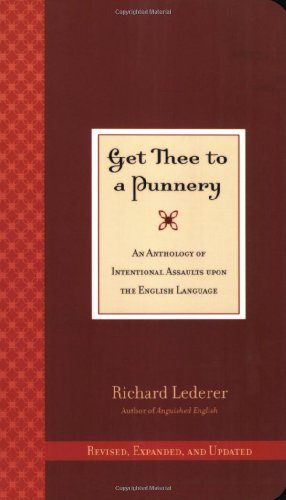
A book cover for Get Thee to a Punnery: An Anthology of Intentional Assaults Upon the English Language; Richard Lederer; Humor & Entertainment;